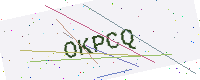
Text: OKPCQ